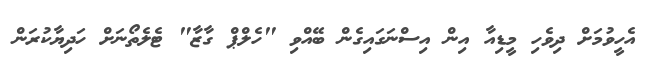
އެހީވުމަށް ދިވެހި މީޑިއާ އިން އިސްނަގައިގެން ބޭއްވި "ހެލްޕް ގާޒާ" ޓެލެތޯނަށް ހަދިޔާކުރަން